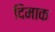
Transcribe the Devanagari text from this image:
दिमाक